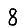
Digit: 8